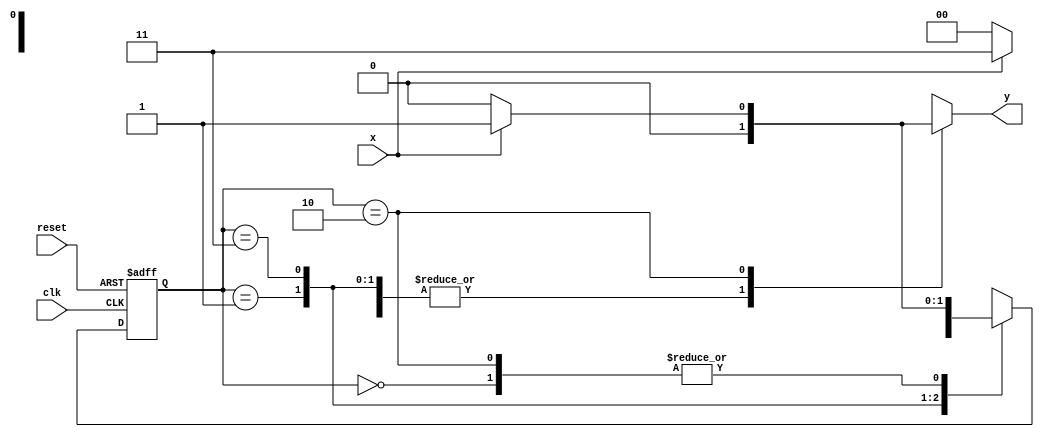
// -----------------
// --- Mealy 1101 -- 
// -----------------
 
// constant definitions 
	`define found	1 
	`define notfound	0 

	module mealy1101( y, x, clk, reset ); 
	output	y; 
	input		x; 
	input		clk; 
	input		reset; 
 
	reg	y; 
 
 	parameter         // state identifiers  
   start	= 2'b00, 
   id1	= 2'b01, 
   id11	= 2'b11, 
   id110	= 2'b10; 
 
   reg [1:0] E1; 
   reg [1:0] E2;
 
 
// next state logic 
   always @( x or E1 ) 
    begin 
     y = `notfound; 
     case ( E1 ) 
      start: 
        if ( x ) 
         E2 = id1; 
        else 
         E2 = start; 
      id1: 
        if ( x ) 
         E2 = id11; 
        else 
         E2 = start; 
      id11: 
        if ( x ) 
         E2 = id11; 
        else 
         E2 = id110; 
      id110: 
        if ( x ) 
         begin 
           E2 =  id1; 
           y  = `found; 
         end 
        else 
         begin 
           E2 =  start; 
           y  = `notfound; 
         end 
      default:   // undefined state 
           E2 =  2'bxx; 
     endcase 
    end // always at signal or state changing 
 
// state variables 
   always @( posedge clk or negedge reset ) 
    begin 
     if ( reset ) 
      E1 = E2;    // updates current state 
     else 
      E1 = 0;     // reset 
    end // always at signal changing 
 
endmodule // mealy1101